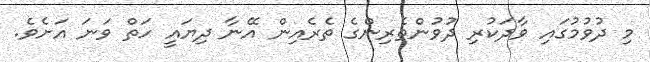
މި ދުވުމުގައި ވާދަކުރި ދުވުންތެރިންގެ ތެރެއިން އޭނާ ދިޔައީ ހަތް ވަނަ އަށެވެ.